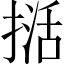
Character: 𭡭